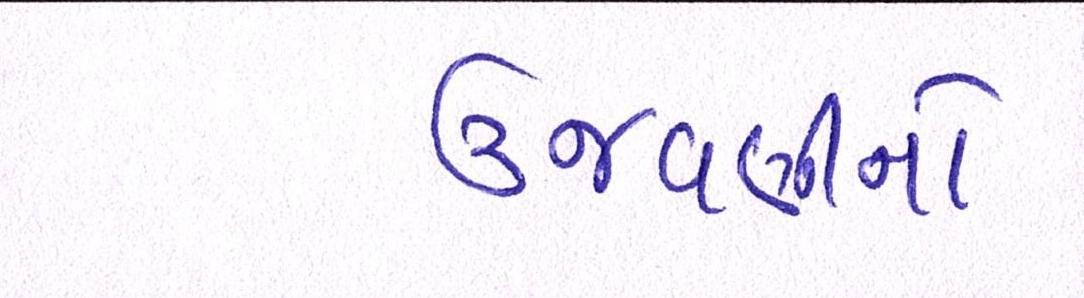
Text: ઉજવણીનો